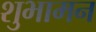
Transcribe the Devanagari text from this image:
शुभामन